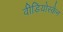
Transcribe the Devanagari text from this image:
वीडियोस्कैन